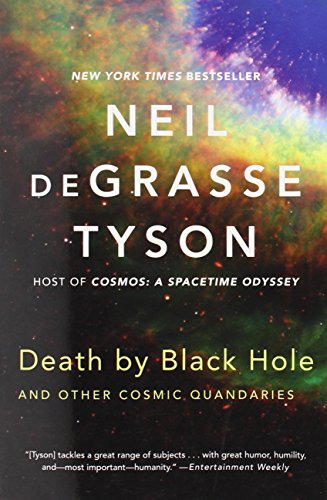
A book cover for Death by Black Hole: And Other Cosmic Quandaries; Neil deGrasse Tyson; Science & Math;